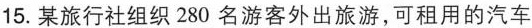
15.某旅行社组织280名游客外出旅游，可租用的汽车